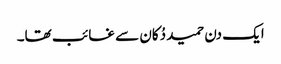
ایک دن حمید دُکان سے غائب تھا۔